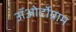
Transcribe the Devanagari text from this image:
अॅओर्टोग्राम